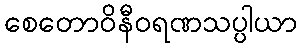
စေတောဝိနီဝရဏသပ္ပါယာ